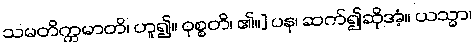
သမတိက္ကမာတိ၊ ဟူ၍။ ဝုစ္စတိ၊ ၏။] ပန၊ ဆက်၍ဆိုအံ့။ ယသ္မာ၊